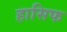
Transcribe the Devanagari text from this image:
हासिफ